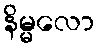
နိမ္မလော